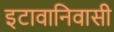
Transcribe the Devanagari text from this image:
इटावानिवासी